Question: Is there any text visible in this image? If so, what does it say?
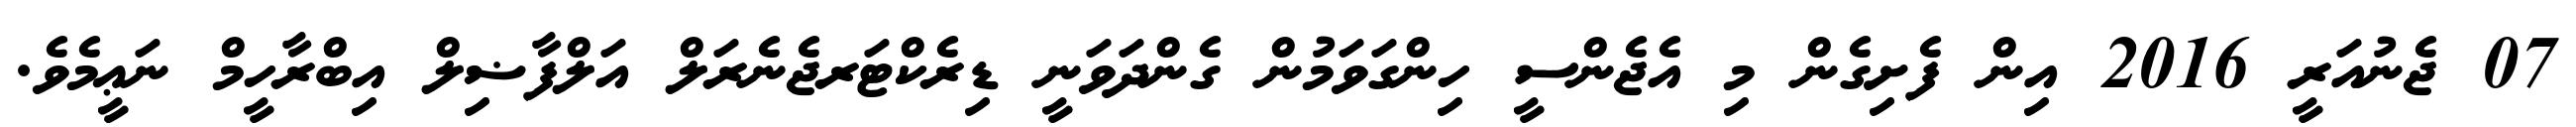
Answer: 07 ޖެނުއަރީ 2016 އިން ފެށިގެން މި އެޖެންސީ ހިންގަވަމުން ގެންދަވަނީ ޑިރެކްޓަރޖެނެރަލް އަލްފާޟިލް އިބްރާހީމް ނަޢީމެވެ.